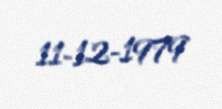
11-12-1979